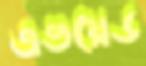
এভয়েড